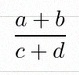
\frac{a+b}{c+d}